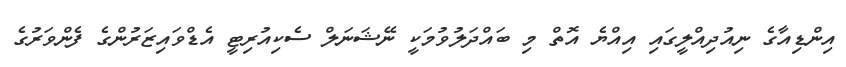
އިންޑިއާގެ ނިއުދިއްލީގައި އިއްޔެ އޮތް މި ބައްދަލުވުމަކީ ނޭޝަނަލް ސެކިއުރިޓީ އެޑްވައިޒަރުންގެ ފެންވަރުގެ